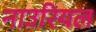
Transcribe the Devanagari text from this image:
नाउरियल